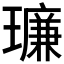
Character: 𪼥